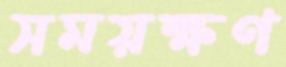
সময়ক্ষণ